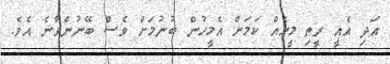
އަދި އެއީ ރީތި މީހެއް ކަމަށް އެމީހުން ބުނުމަށް ވެސް ބޭނުންވާނެ އެވެ.